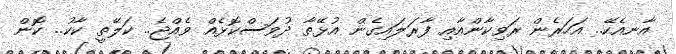
އާނއެކޭ.. އަހަރެން ރަވިކާންއާއި ފާރަލައިގެން އުޅޭތާ ދުވަސްކޮޅެއް ވެއްޖެ.. ކަލޭތީ ކާކު.. ކޮން